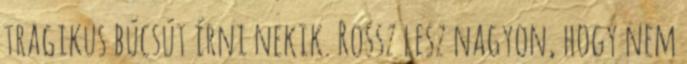
tragikus búcsút írni nekik. Rossz lesz nagyon, hogy nem